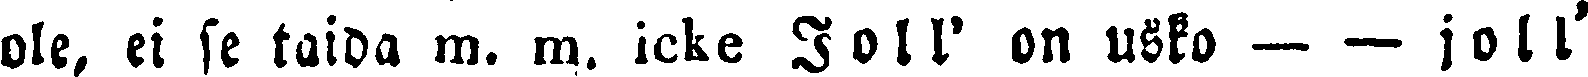
ole, et se taida m. m. icke Joll' on usko – – joll'